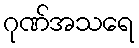
ဂုဏ်အသရေ